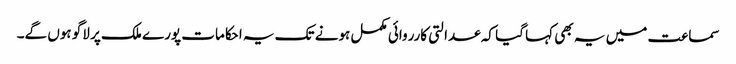
سماعت میں یہ بھی کہا گیا کہ عدالتی کارروائی مکمل ہونے تک یہ احکامات پورے ملک پر لاگو ہوں گے۔